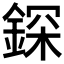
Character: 𨨥